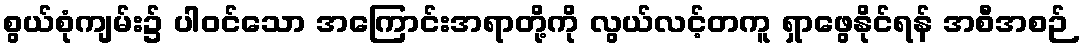
စွယ်စုံကျမ်း၌ ပါဝင်သော အကြောင်းအရာတို့ကို လွယ်လင့်တကူ ရှာဖွေနိုင်ရန် အစီအစဉ်